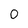
Character: 0